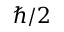
\hbar / 2